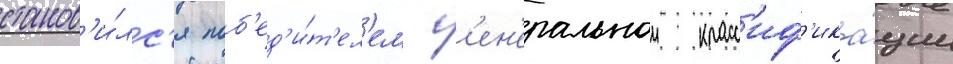
станов'и́лс'я поб'ед'и́т'ел'ем г'ен'еральнои класс'иф'ика́ции